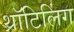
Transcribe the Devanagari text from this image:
थ्रॉटिलिंग